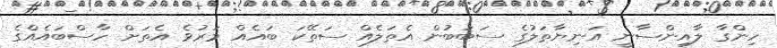
ހިންގާ ލާއިންސާނީ އަނިޔާތަލުގެ ސަބަބުން އެތަލެއް ސަތޭކަ ބައެއް މަރުވެ އެތަށް ހާސްބައެއްގެ